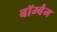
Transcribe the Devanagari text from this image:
बॉम्बैम